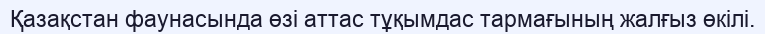
Қазақстан фаунасында өзі аттас тұқымдас тармағының жалғыз өкілі.